Vaccination in Bombay 1902-1912 - 1902-1912
Year: 1902
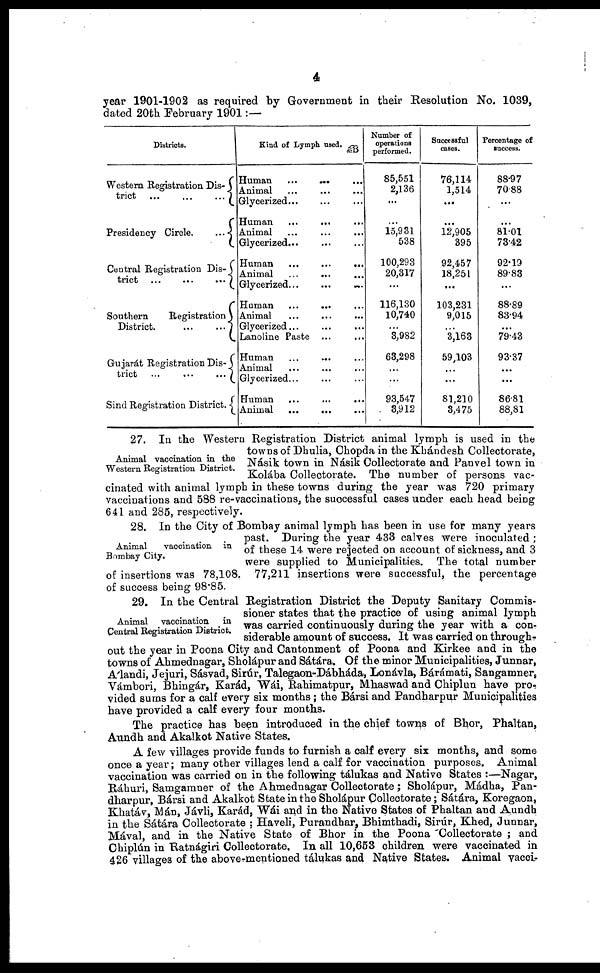
4
year 1901-1902 as required by Government in their Resolution No. 1039,
dated 20th February 1901:—
Districts.
Western Registration Dis¬
trict ... ... ...
Presidency Circle.
...
Central Registration Dis¬
trict ...
...
...
Southern
Registration
District.
...
...
Gujarát Registration Dis¬
trict
...
...
...
Sind Registration District.
Kind of Lymph used.
Human
... ... ...
Animal ... ... ...
Glycerized... ... ...
Human ... ... ...
Animal ... ... ...
Glycerized... ... ...
Human
...
...
...
Animal
...
...
Glycerized...
...
...
Human
...
... ...
Animal ... ... ...
Glycerized... ... ...
Lanoline Paste ... ...
Human ... ... ...
Animal ... ... ...
Glycerized... ... ...
Human
...
...
...
Animal
...
... ...
Number of
operations
performed.
85,551
2,136
...
...
15,931
538
100,293
20,317
...
116,130
10,740
...
3,982
63,298
...
...
93,547
3,912
Successful
cases.
76,114
1,514
...
...
12,905
395
92,457
18,251
...
103,231
9,015
...
3,163
59,103
...
...
81,210
3,475
Percentage of
success.
88.97
70.88
...
...
81.01
73.42
92.19
89.83
...
88.89
83.94
...
79.43
93.37
...
...
86.81
88,81
Animal vaccination in the
Western Registration District.
27. In the Western Registration District animal lymph is used in the
towns of Dhulia, Chopda in the Khándesh Collectorate,
Násik town in Násik Collectorate and Panvel town in
Kolába Collectorate. The number of persons vac-
cinated with animal lymph in these towns during the year was 720 primary
vaccinations and 588 re-vaccinations, the successful cases under each head being
641 and 285, respectively.
Animal
vaccination in
Bombay City.
28. In the City of Bombay animal lymph has been in use for many years
past. During the year 433 calves were inoculated ;
of these 14 were rejected on account of sickness, and 3
were supplied to Municipalities. The total number
of insertions was 78,108. 77,211 insertions were successful, the percentage
of success being 98.85.
Animal
vaccination
in
Central Registration District.
29. In the Central Registration District the Deputy Sanitary Commis-
sioner states that the practice of using animal lymph
was carried continuously during the year with a con¬
siderable amount of success. It was carried on through-
out the year in Poona City and Cantonment of Poona and Kirkee and in the
towns of Ahmednagar, Sholápur and Sátára. Of the minor Municipalities, Junnar,
Álandi, Jejuri, Sásvad, Sirúr, Talegaon-Dábháda, Lonávla, Bárámati, Sangamner,
Vámbori, Bhingár, Karád, Wái, Rahimatpur, Mhaswad and Chiplun have pro¬
vided sums for a calf every six months ; the Bársi and Pandharpur Municipalities
have provided a calf every four months.
The practice has been introduced in the chief towns of Bhor, Phaltan,
Aundh and Akalkot Native States.
A few villages provide funds to furnish a calf every six months, and some
once a year; many other villages lend a calf for vaccination purposes. Animal
vaccination was carried on in the following tálukas and Native States :—Nagar,
Ráhuri, Samgamner of the Ahmednagar Collectorate; Sholápur, Mádha, Pan¬
dharpur, Bársi and Akalkot State in the Sholápur Collectorate; Sátára, Koregaon,
Khatáv, Mán, Jávli, Karád, Wái and in the Native States of Phaltan and Aundh
in the Sátára Collectorate ; Haveli, Purandhar, Bhimthadi, Sirúr, Khed, Junnar,
Mával, and in the Native State of Bhor in the Poona Collectorate ; and
Chiplún in Ratnágiri Collectorate. In all 10,653 children were vaccinated in
426 villages of the above-mentioned tálukas and Native States. Animal vacci¬